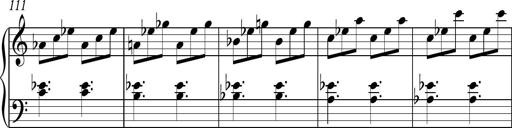
Title: Piano Sonatina in C
Composer: Daniel LÃ©o Simpson
Key: C major